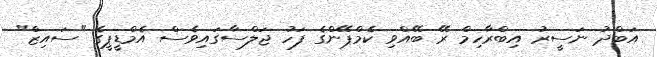
އަބްދު ނަސީރު އިބްރާހިމް ރޭ ބޭއްވި ކެމްޕޭންގެ ފަހު ޖަލްސާގައިވެސް އެމްޑީޕީގެ "ސައިޒް"